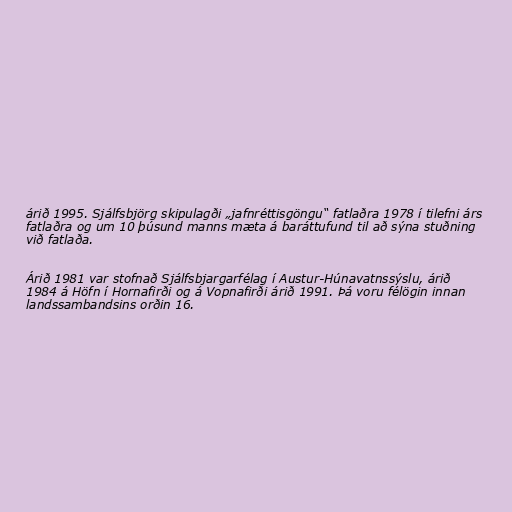
árið 1995. Sjálfsbjörg skipulagði „jafnréttisgöngu“ fatlaðra 1978 í tilefni árs
fatlaðra og um 10 þúsund manns mæta á baráttufund til að sýna stuðning
við fatlaða.

Árið 1981 var stofnað Sjálfsbjargarfélag í Austur-Húnavatnssýslu, árið
1984 á Höfn í Hornafirði og á Vopnafirði árið 1991. Þá voru félögin innan
landssambandsins orðin 16.